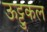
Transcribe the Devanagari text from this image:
ऊट्टुकल